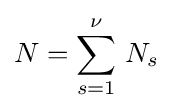
N=\sum _{s=1}^{\nu }\,N_{s}